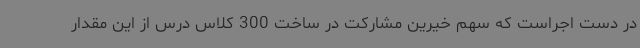
در دست اجراست که سهم خیرین مشارکت در ساخت 300 کلاس درس از این مقدار